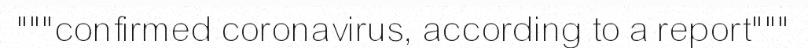
"""confirmed coronavirus, according to a report"""